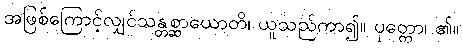
အဖြစ်ကြောင့်လျှင်သန္တစ္ဆာယောတိ၊ ယူသည်ကာ၍။ ပုတ္တော၊ ၏။